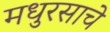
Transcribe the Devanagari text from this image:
मधुरसाचे